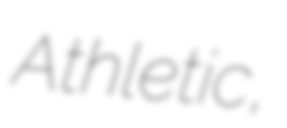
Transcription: Athletic,